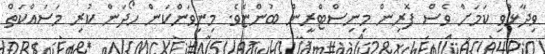
ވިދާޅުވި ކަމަށް ވެސް ފޮރިން މިނިސްޓްރީން ބުންޏެވެ. މިނިވަންކަން ހޯދަން ކުރި މަސައްކަތް